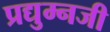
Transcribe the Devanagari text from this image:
प्रद्युम्नजी